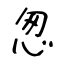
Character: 怱